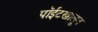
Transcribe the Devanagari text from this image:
पॉईंटखालून